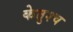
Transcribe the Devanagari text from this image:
केतुश्च